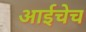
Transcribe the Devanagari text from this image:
आईचेच